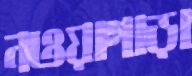
নওয়াগাড়া